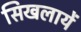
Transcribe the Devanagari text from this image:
सिखलायें